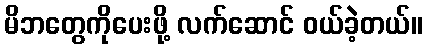
မိဘတွေကိုပေးဖို့ လက်ဆောင် ဝယ်ခဲ့တယ်။